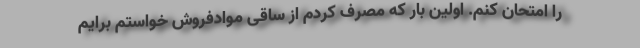
را امتحان کنم. اولین بار که مصرف کردم از ساقی موادفروش خواستم برایم